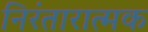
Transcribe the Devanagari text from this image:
निरंतारात्मक